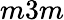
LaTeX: m3m